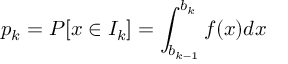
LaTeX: p _ { k } = P [ x \in I _ { k } ] = \int _ { b _ { k - 1 } } ^ { b _ { k } } f ( x ) d x